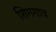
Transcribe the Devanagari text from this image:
शिगगाव